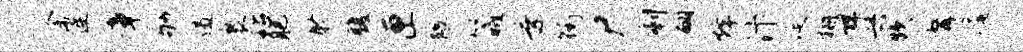
余连章劬遏裹玷肥聆腹匣隈箴乘街尸剩翩烽汴涎栅详兴炊髯庵